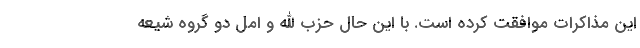
این مذاکرات موافقت کرده است. با این حال حزب الله و امل دو گروه شیعه